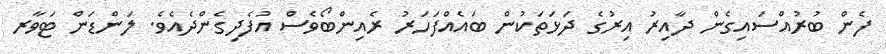
ފެން ބުރުއްސައިގެން ދާއިރު އިރުގެ ދަޅަތަކުން ބައެއްފަހަރު ރެއިންބޯވެސް އުފެދިގެންދެއެވެ. ލަންޑަން ޓަވާރ